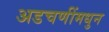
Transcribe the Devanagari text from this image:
अडचणींमधुन